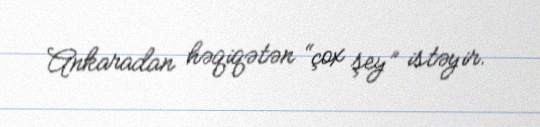
Ankaradan həqiqətən “çox şey” istəyir.